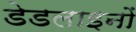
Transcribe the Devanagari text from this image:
डेडलाइनों